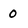
Character: 0